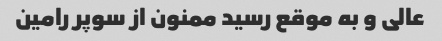
عالی و به موقع رسید ممنون از سوپر رامین